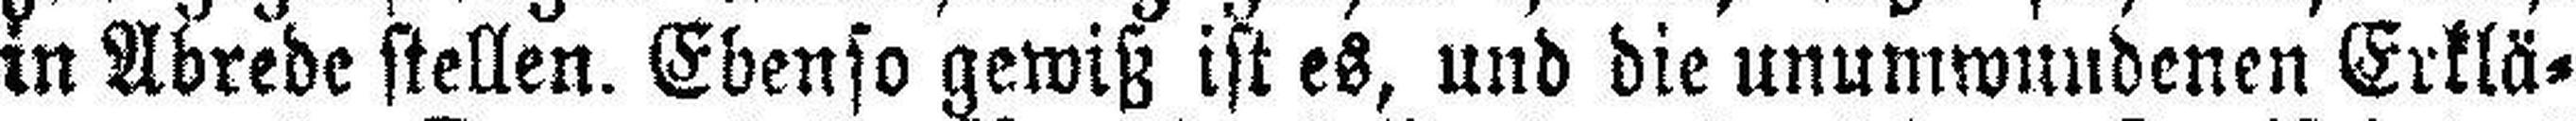
in Abrede stellen. Ebenso gewiß ist es, und die unumwundenen Erklä¬